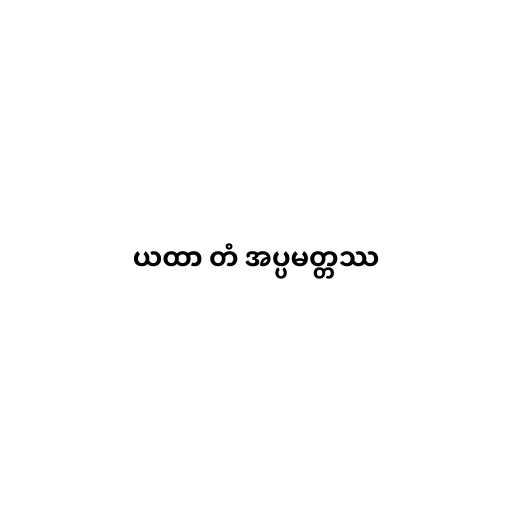
ယထာ တံ အပ္ပမတ္တဿ